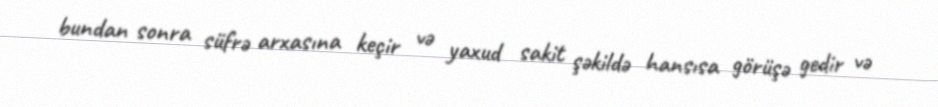
bundan sonra süfrə arxasına keçir və yaxud sakit şəkildə hansısa görüşə gedir və